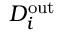
D _ { i } ^ { \mathrm { o u t } }